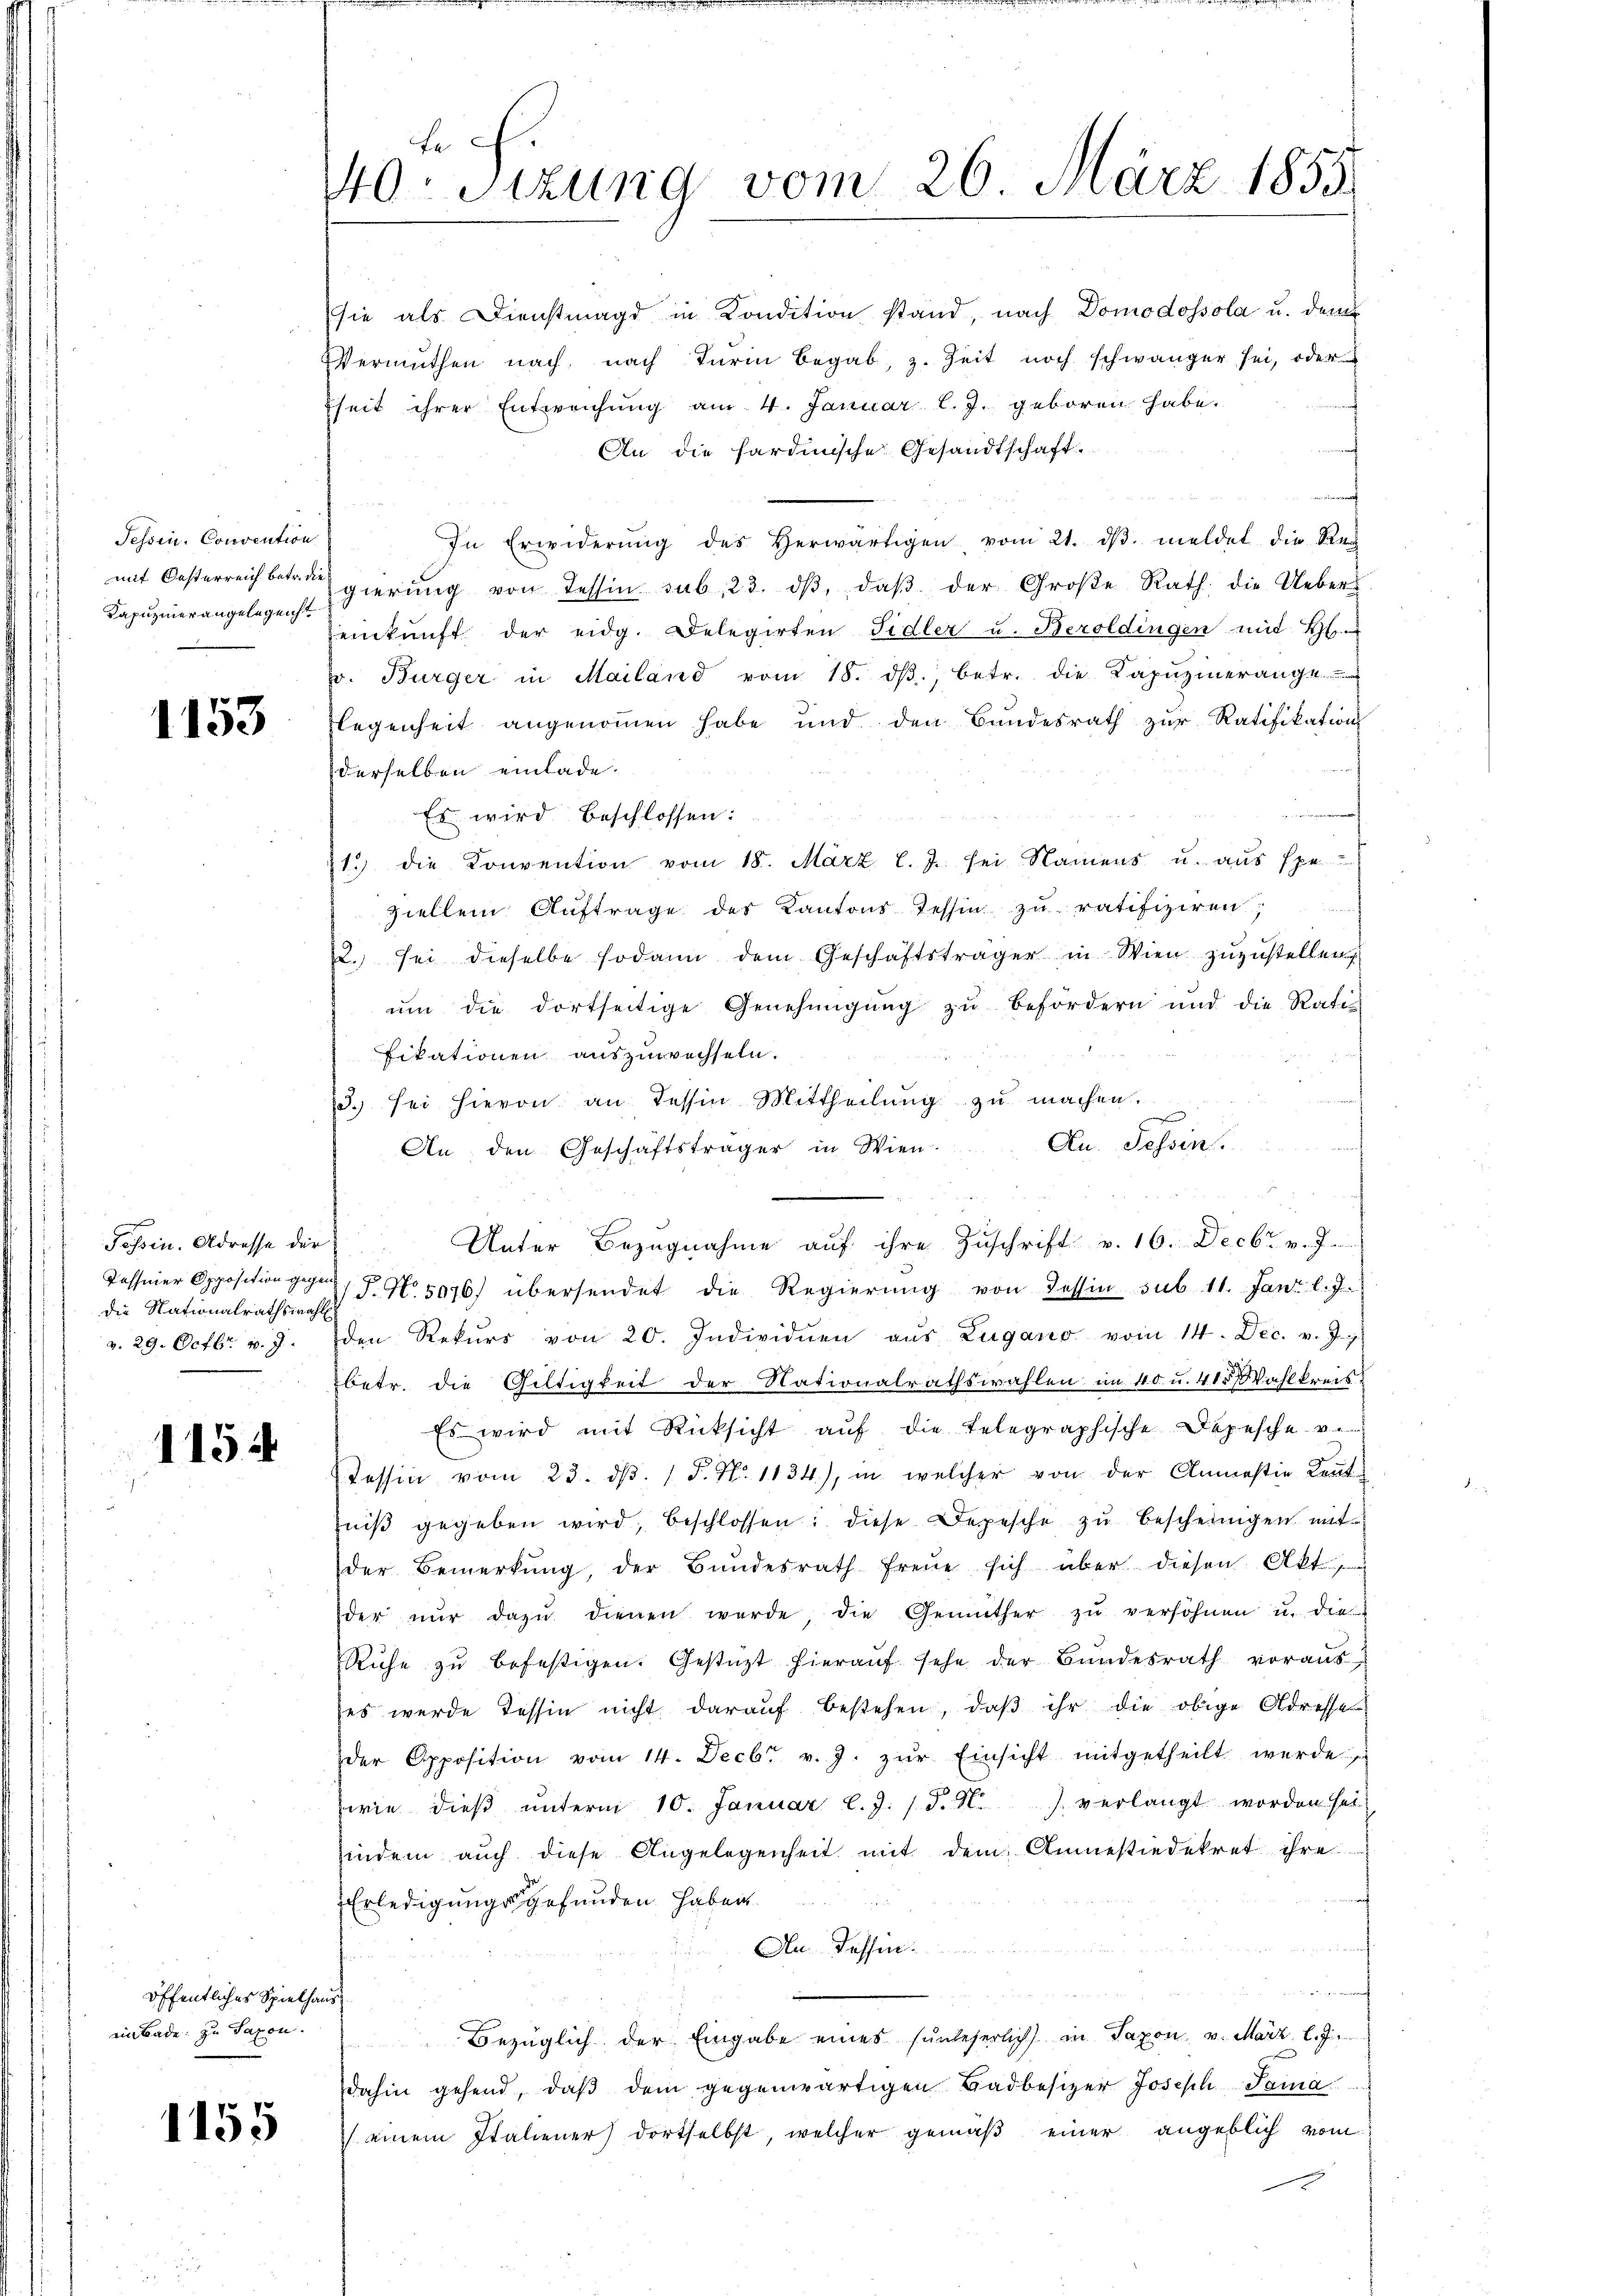
Tessin, Convention
Kapuzinerangelegenst

1153

Tessin. Adresse der
Tessiner Opposition gegen
die Nationalrathswahl
v. 29. Octbr. v. J.

1154

öffentliches Spielhaus
ein Bade zu Saxon.

1155

fe
40. Sizung vom 26. März 1855.

sie als Dienstmagd in Kondition stand, nach Domodossola u. dem
Vermuthen nach, nach Turin Begab, z. Zeit noch schwänger sei, oder
fheit ihrer Entweichung am 4. Januar l. J. geboren habe.
An die sardinische Gesandtschaft.
In Erwiderŭng des herwärtigen vom 21. dβ meldet die Re-
mit Oesterreich betr. gierung von Tessin sub. 23. dβ, daβ der Große Rath die Uebereikŭnft der eidg. Delegirten Fidler u. Beroldingen mit H
r. Bürger in Mailand vom 18. dβ., betr. die Kapŭzinerange
flegenheit angenommen habe und den Bundesrath zŭr Ratifikation
derselben einlade.
Es wird beschlossen:
21. die Konvention vom 18. März l. J. sei Namens u. aus spe
ziellem Aŭftrage des Kantons Tessin zu ratifiziren,
2. sei dieselbe sodann dem Geschäftsträger in Wien zuzustellen
ŭm die dortseitige Genehmigŭng zŭ befördern und die Rati
fikationen auszuwechseln.
3. sei hievon an dessen Mittheilung zu machen.
An. Tessin.
An den Geschäftsträger in Wien.
Unter Bezugnahme auf ihre Zuschrift v. 16. Decbr. v. J.
d
(T. No. 5076) übersendet die Regierung von dessen sub 11. Jan. l. J.
den Rekŭrs von 20. Individuen aus Zugano vom 14. Dec. v. J. J.
betr. die Gültigkeit der Nationalrathswahlen im 40 u. 415 Wahlkreis¬
Es wird mit Rücksicht auf die telegraphische Depesche v
Tessin vom 23. dβ. " F. N. 1134), in welcher von der Anmastie Kenntniβ gegeben wird, beschlossen: diese Depesche zŭ bescheinigen mit
der Bemerkung, der Bundesrath freue sich über diesen Akt
der nŭr dazŭ dienen werde, die Gemüther zŭ versöhnen u. die
Ruhe zŭ befestigen. Gestüzt hieraŭf sehe der Bundesrath voraus-
(es werde Tessin nicht daraŭf bestehen, daβ ihr die obige Adresse
der Apposition vom 14. Decbr. v. J. zŭr Einsicht mitgetheilt werde
wie dieβ ŭnterm 10. Januar l.J. /d. . verlangt worden sei.
indem auch diese Angelegenheit mit dem Amnesiedekret ihre
Erledigungs gefunden haben.
An dessen:
maiernah
Bezüglich der Eingabe eines sunleserlich in Taxon v. März l. J.
dahin gehend, daβ dem gegenwärtigen Badbesizer Joseph Sama
 einem Italiener dortselbst, welcher gemäß einer angeblich vom
d